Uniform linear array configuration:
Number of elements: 48
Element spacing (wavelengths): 0.25
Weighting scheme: blackman
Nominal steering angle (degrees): -45
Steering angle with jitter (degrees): -46.275
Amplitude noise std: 0.05
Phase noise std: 0.05

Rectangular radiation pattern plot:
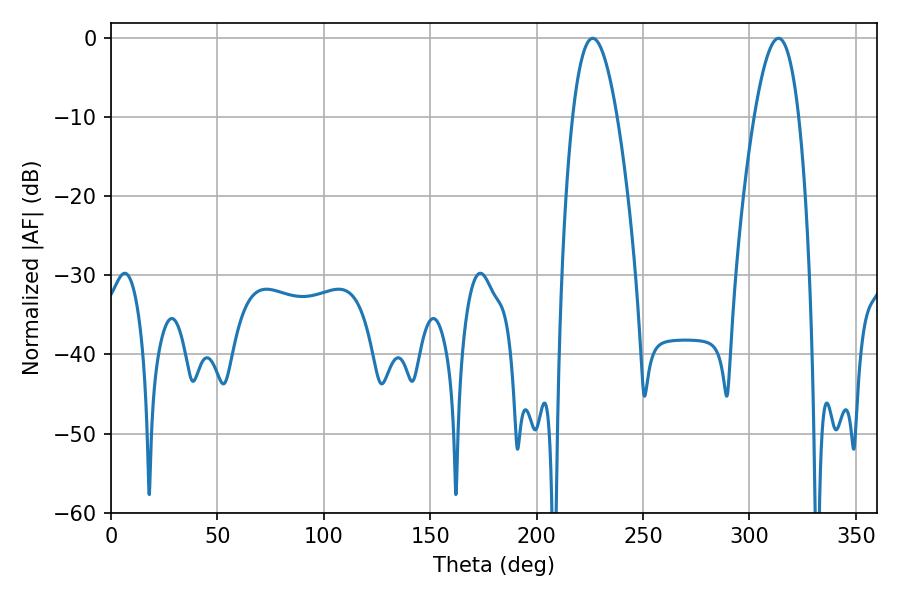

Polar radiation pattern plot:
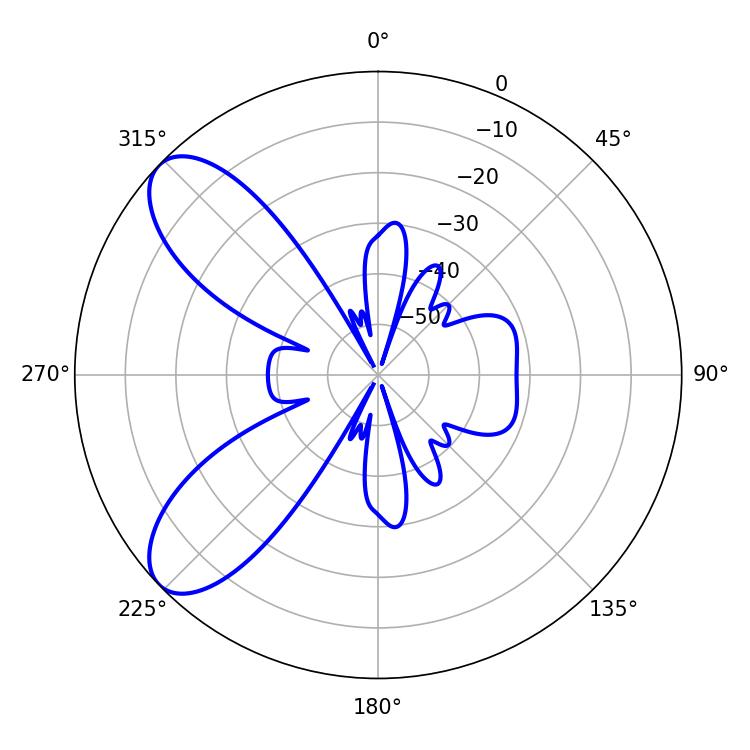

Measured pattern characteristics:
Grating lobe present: FALSE
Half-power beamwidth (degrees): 11.52
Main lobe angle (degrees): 226.26